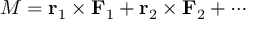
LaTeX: M = \mathbf { r } _ { 1 } \times \mathbf { F } _ { 1 } + \mathbf { r } _ { 2 } \times \mathbf { F } _ { 2 } + \cdots